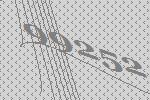
99252